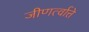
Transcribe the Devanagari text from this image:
जीणर्त्वात्ते